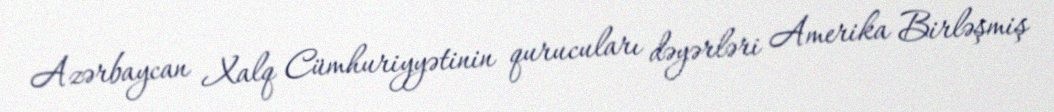
Azərbaycan Xalq Cümhuriyyətinin qurucuları dəyərləri Amerika Birləşmiş